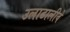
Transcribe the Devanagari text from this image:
उलाढालीवे